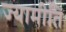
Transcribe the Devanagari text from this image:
ज्यामीति